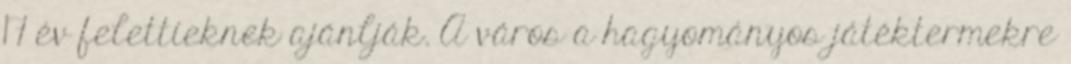
17 év felettieknek ajánlják. A város a hagyományos játéktermekre